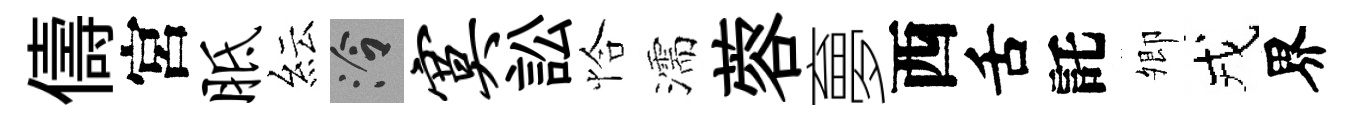
儔宮胝紜泠寞訟恰濡蓉夣西舌託𡖖戎界